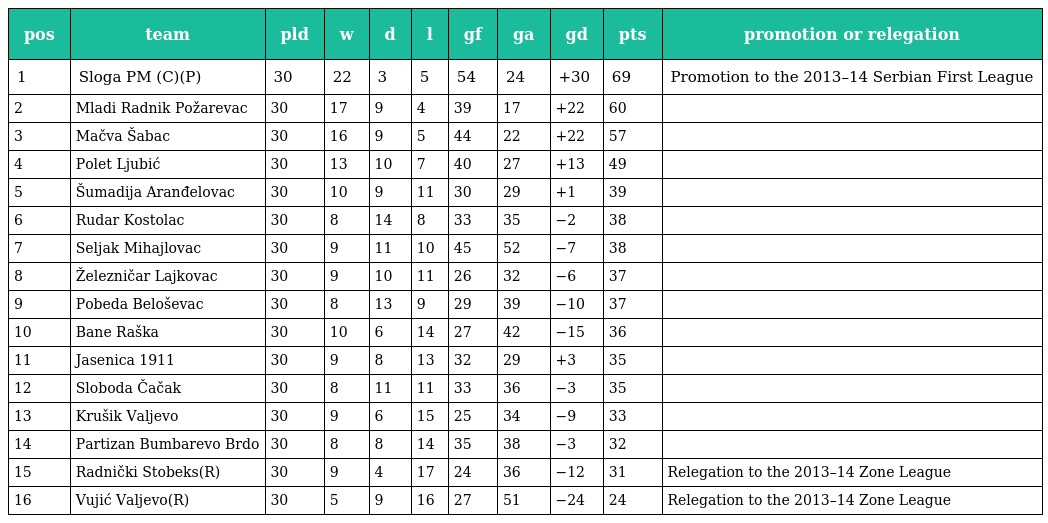
| pos | team | pld | w | d | l | gf | ga | gd | pts | promotion or relegation |
 | --- | --- | --- | --- | --- | --- | --- | --- | --- | --- | --- |
 | 1 | Sloga PM (C)(P) | 30 | 22 | 3 | 5 | 54 | 24 | +30 | 69 | Promotion to the 2013–14 Serbian First League |
 | 2 | Mladi Radnik Požarevac | 30 | 17 | 9 | 4 | 39 | 17 | +22 | 60 |  |
 | 3 | Mačva Šabac | 30 | 16 | 9 | 5 | 44 | 22 | +22 | 57 |  |
 | 4 | Polet Ljubić | 30 | 13 | 10 | 7 | 40 | 27 | +13 | 49 |  |
 | 5 | Šumadija Aranđelovac | 30 | 10 | 9 | 11 | 30 | 29 | +1 | 39 |  |
 | 6 | Rudar Kostolac | 30 | 8 | 14 | 8 | 33 | 35 | −2 | 38 |  |
 | 7 | Seljak Mihajlovac | 30 | 9 | 11 | 10 | 45 | 52 | −7 | 38 |  |
 | 8 | Železničar Lajkovac | 30 | 9 | 10 | 11 | 26 | 32 | −6 | 37 |  |
 | 9 | Pobeda Beloševac | 30 | 8 | 13 | 9 | 29 | 39 | −10 | 37 |  |
 | 10 | Bane Raška | 30 | 10 | 6 | 14 | 27 | 42 | −15 | 36 |  |
 | 11 | Jasenica 1911 | 30 | 9 | 8 | 13 | 32 | 29 | +3 | 35 |  |
 | 12 | Sloboda Čačak | 30 | 8 | 11 | 11 | 33 | 36 | −3 | 35 |  |
 | 13 | Krušik Valjevo | 30 | 9 | 6 | 15 | 25 | 34 | −9 | 33 |  |
 | 14 | Partizan Bumbarevo Brdo | 30 | 8 | 8 | 14 | 35 | 38 | −3 | 32 |  |
 | 15 | Radnički Stobeks(R) | 30 | 9 | 4 | 17 | 24 | 36 | −12 | 31 | Relegation to the 2013–14 Zone League |
 | 16 | Vujić Valjevo(R) | 30 | 5 | 9 | 16 | 27 | 51 | −24 | 24 | Relegation to the 2013–14 Zone League |